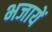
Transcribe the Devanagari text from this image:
भजायें